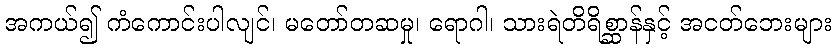
အကယ်၍ ကံကောင်းပါလျင်၊ မတော်တဆမှု၊ ရောဂါ၊ သားရဲတိရိစ္ဆာန်နှင့် အငတ်ဘေးများ